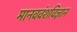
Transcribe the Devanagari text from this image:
मानववंशविज्ञान